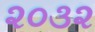
૨૦૩૨